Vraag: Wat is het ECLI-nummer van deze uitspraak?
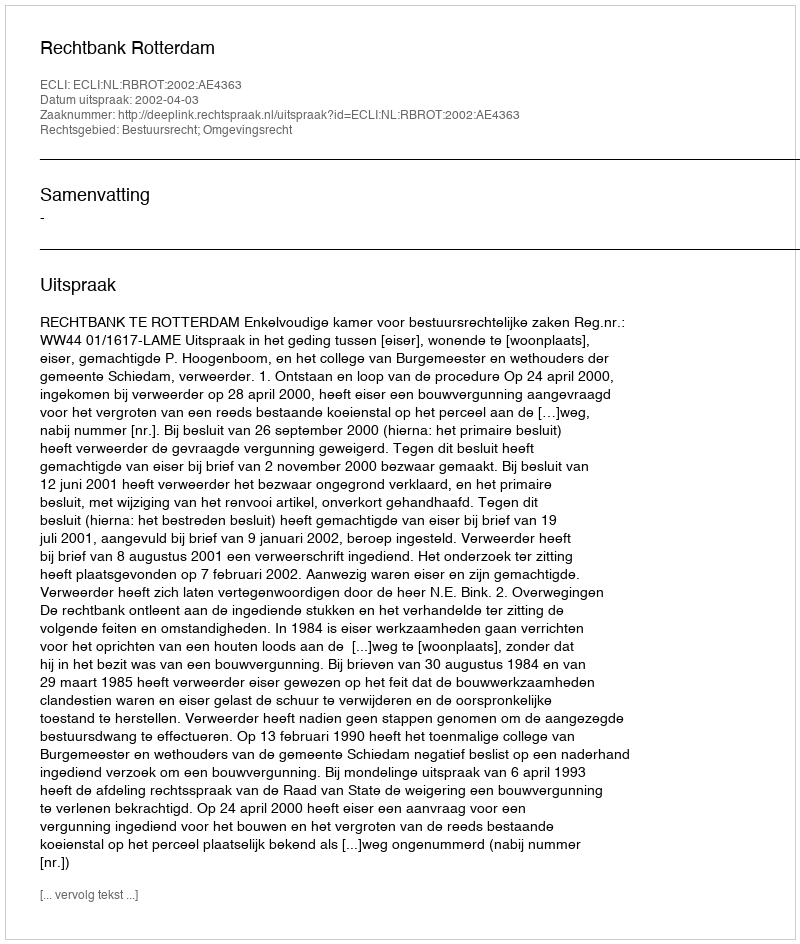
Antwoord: ECLI:NL:RBROT:2002:AE4363